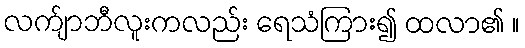
လက်ျာဘီလူးကလည်း ရေသံကြား၍ ထလာ၏ ။